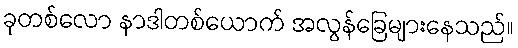
ခုတစ်လော နာဒါတစ်ယောက် အလွန်ခြေများနေသည်။